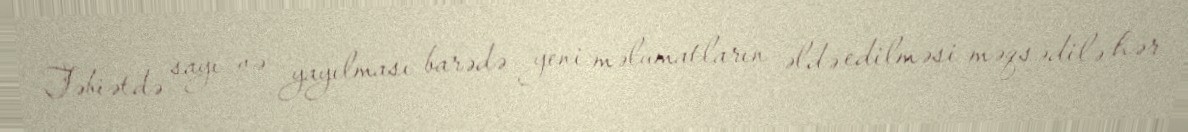
Təbiətdə sayı və yayılması barədə yeni məlumatların əldə edilməsi məqsədilə hər